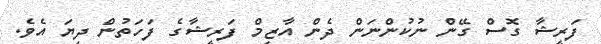
ފަރީޝާ ގޮސް ގޭން ނުކުންނަން ދެން އާޒިމް ފަރީޝާގެ ފަހަތުން ދިޔަ އެވެ.